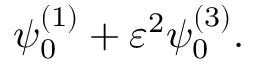
\psi _ { 0 } ^ { ( 1 ) } + \varepsilon ^ { 2 } \psi _ { 0 } ^ { ( 3 ) } .